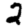
Digit: 2